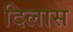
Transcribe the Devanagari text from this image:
दिलास